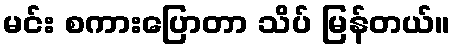
မင်း စကားပြောတာ သိပ် မြန်တယ်။